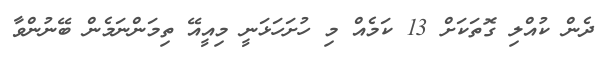
ދެން ކުއްލި ގޮތަކަށް 13 ކަމެއް މި ހުށަހަޅަނީ މިއީއޭ ތިމަންނަމެން ބޭނުންވާ